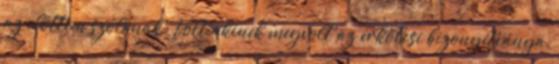
az előttem szólónak. Volt akinek megvolt az erkölcsi bizonyítványa,